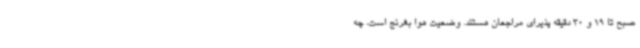
صبح تا 19 و 30 دقیقه پذیرای مراجعان هستند. وضعیت هوا بغرنج است، چه